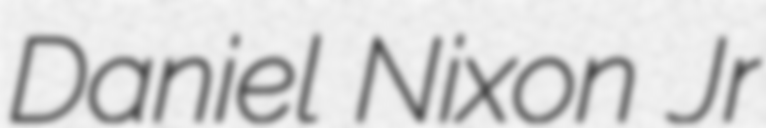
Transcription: Daniel Nixon Jr